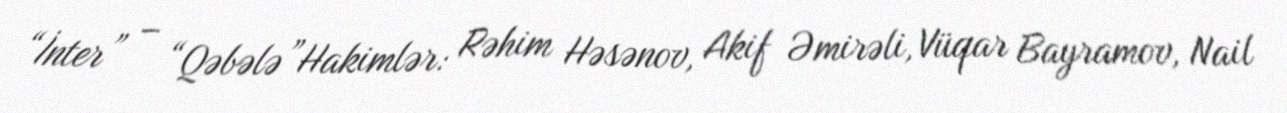
“İnter” – “Qəbələ”Hakimlər: Rəhim Həsənov, Akif Əmirəli, Vüqar Bayramov, Nail